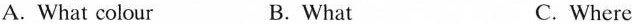
A.What colour B.What C. Where